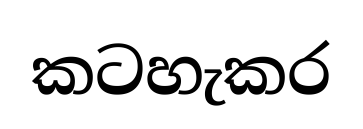
කටහැකර